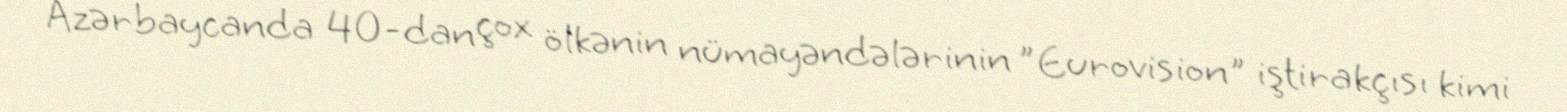
Azərbaycanda 40-dan çox ölkənin nümayəndələrinin ”Eurovision" iştirakçısı kimi